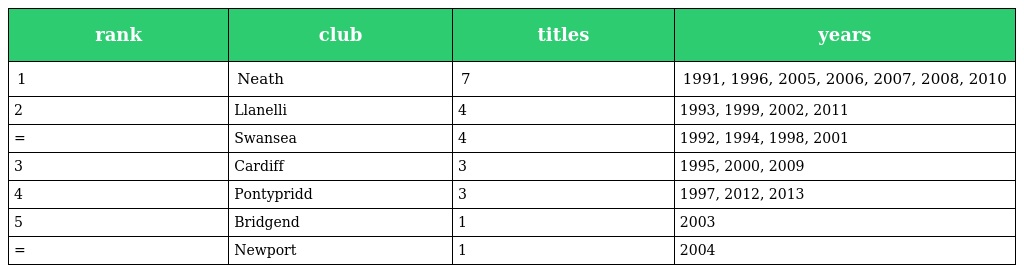
| rank | club | titles | years |
 | --- | --- | --- | --- |
 | 1 | Neath | 7 | 1991, 1996, 2005, 2006, 2007, 2008, 2010 |
 | 2 | Llanelli | 4 | 1993, 1999, 2002, 2011 |
 | = | Swansea | 4 | 1992, 1994, 1998, 2001 |
 | 3 | Cardiff | 3 | 1995, 2000, 2009 |
 | 4 | Pontypridd | 3 | 1997, 2012, 2013 |
 | 5 | Bridgend | 1 | 2003 |
 | = | Newport | 1 | 2004 |